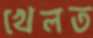
খেলত